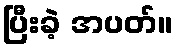
ပြီးခဲ့ အပတ်။